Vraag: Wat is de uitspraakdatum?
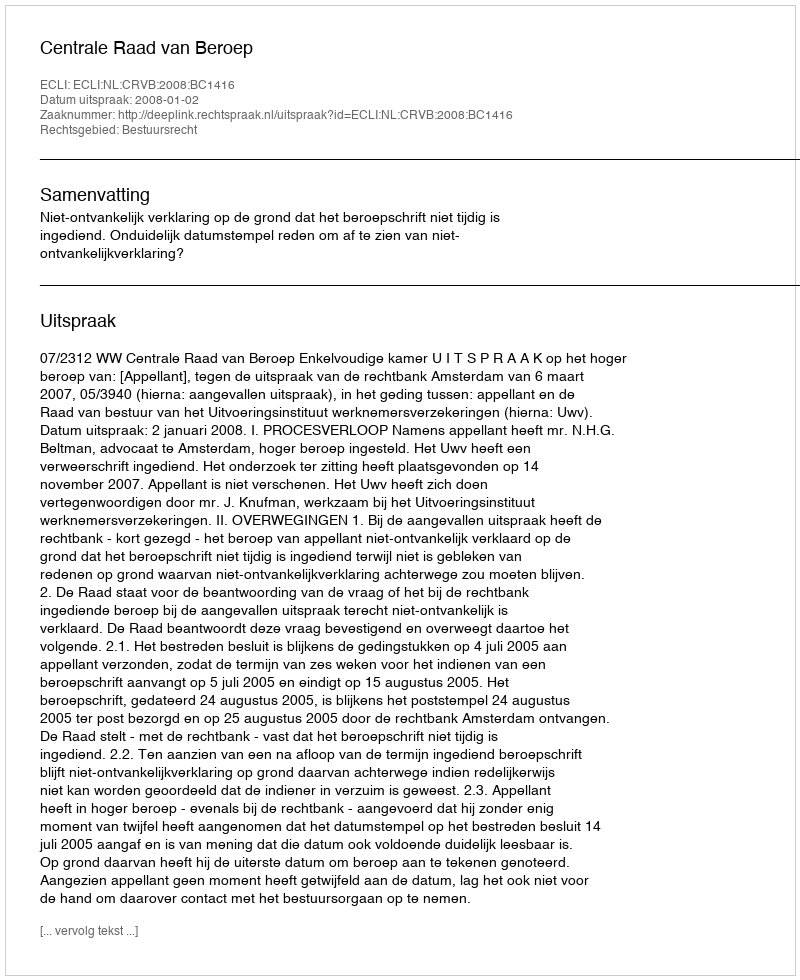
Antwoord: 2008-01-02